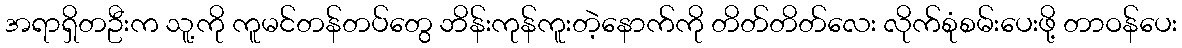
အရာရှိတဦးက သူ့ကို ကူမင်တန်တပ်တွေ ဘိန်းကုန်ကူးတဲ့နောက်ကို တိတ်တိတ်လေး လိုက်စုံစမ်းပေးဖို့ တာဝန်ပေး